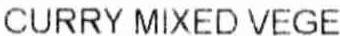
CURRY MIXED VEGE